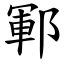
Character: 鄆